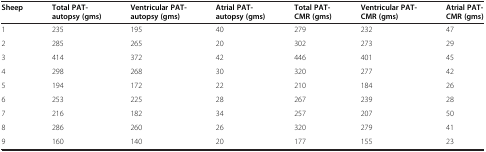
<table><thead><tr><td><b>Sheep</b></td><td><b>Total PAT-autopsy (gms)</b></td><td><b>Ventricular PAT- autopsy (gms)</b></td><td><b>Atrial PAT-autopsy (gms)</b></td><td><b>Total PAT-CMR (gms)</b></td><td><b>Ventricular PAT- CMR (gms)</b></td><td><b>Atrial PAT- CMR (gms)</b></td></tr></thead><tbody><tr><td>1</td><td>235</td><td>195</td><td>40</td><td>279</td><td>232</td><td>47</td></tr><tr><td>2</td><td>285</td><td>265</td><td>20</td><td>302</td><td>273</td><td>29</td></tr><tr><td>3</td><td>414</td><td>372</td><td>42</td><td>446</td><td>401</td><td>45</td></tr><tr><td>4</td><td>298</td><td>268</td><td>30</td><td>320</td><td>277</td><td>42</td></tr><tr><td>5</td><td>194</td><td>172</td><td>22</td><td>210</td><td>184</td><td>26</td></tr><tr><td>6</td><td>253</td><td>225</td><td>28</td><td>267</td><td>239</td><td>28</td></tr><tr><td>7</td><td>216</td><td>182</td><td>34</td><td>257</td><td>207</td><td>50</td></tr><tr><td>8</td><td>286</td><td>260</td><td>26</td><td>320</td><td>279</td><td>41</td></tr><tr><td>9</td><td>160</td><td>140</td><td>20</td><td>177</td><td>155</td><td>23</td></tr></tbody></table>